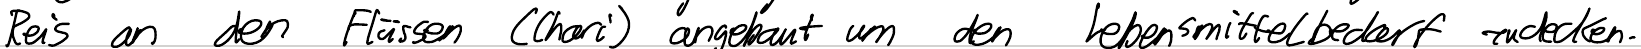
Reis an den Flüssen (Chari) angebaut um den Lebensmittelbedarf zu decken.